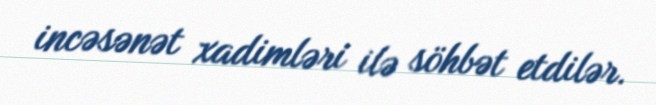
incəsənət xadimləri ilə söhbət etdilər.